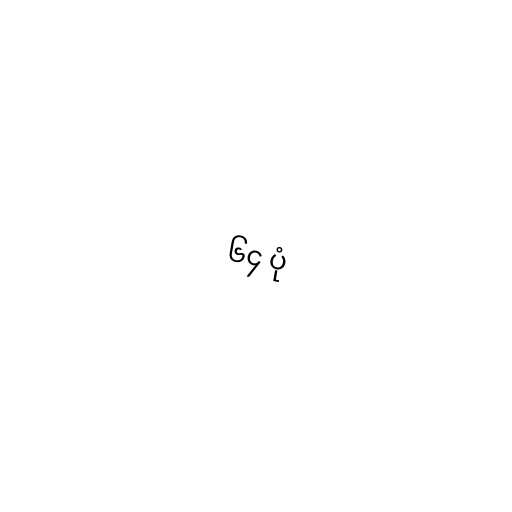
၆၄ ပုံ